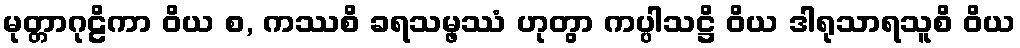
မုတ္တာဂုဠိကာ ဝိယ စ, ကဿစိ ခရသမ္ဖဿံ ဟုတွာ ကပ္ပါသဋ္ဌိ ဝိယ ဒါရုသာရသူစိ ဝိယ